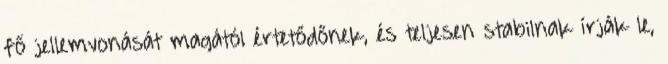
fő jellemvonását magától értetődőnek, és teljesen stabilnak írják le,